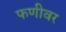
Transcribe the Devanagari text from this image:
फणीवर